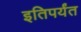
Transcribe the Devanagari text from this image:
इतिपर्यंत